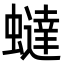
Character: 蟽